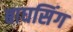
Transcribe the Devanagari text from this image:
बाघसिंग